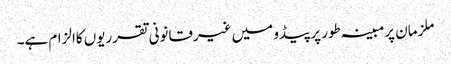
ملزمان پرمبینہ طور پرپیڈو میں غیرقانونی تقرریوں کاالزام ہے۔